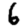
Digit: 6